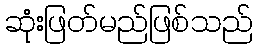
ဆုံးဖြတ်မည်ဖြစ်သည်